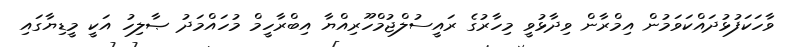
ވާހަކަފުޅުދައްކަވަމުން އިމްރާން ވިދާޅުވީ މިހާރުގެ ރައީސުލްޖުމްހޫރިއްޔާ އިބްރާހީމް މުހައްމަދު ޞާލިހު އަކީ މީޑިޔާގައި